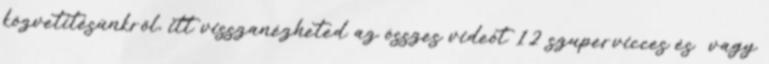
közvetítésünkről, itt visszanézheted az összes videót 12 szupervicces és vagy